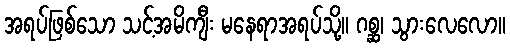
အရပ်ဖြစ်သော သင့်အမိကျီး မနေရာအရပ်သို့။ ဂစ္ဆ၊ သွားလေလော။